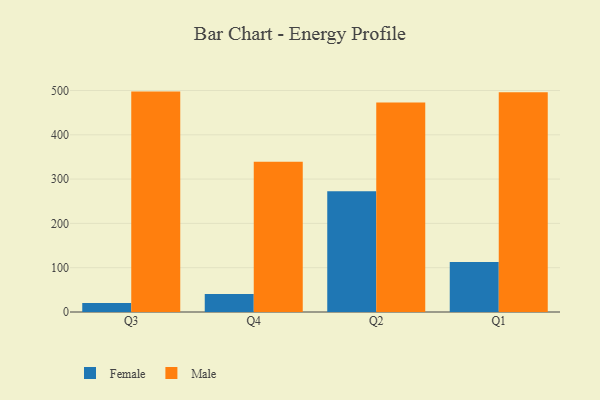
{"axis": {"x": "Quarter", "y": "Inventory Turnover"}, "legend": ["Female", "Male"], "data": [{"x": "Q3", "y": 20.2, "type": "Female"}, {"x": "Q3", "y": 497.5, "type": "Male"}, {"x": "Q4", "y": 40.8, "type": "Female"}, {"x": "Q4", "y": 339.3, "type": "Male"}, {"x": "Q2", "y": 272.5, "type": "Female"}, {"x": "Q2", "y": 473.1, "type": "Male"}, {"x": "Q1", "y": 112.9, "type": "Female"}, {"x": "Q1", "y": 495.9, "type": "Male"}]}